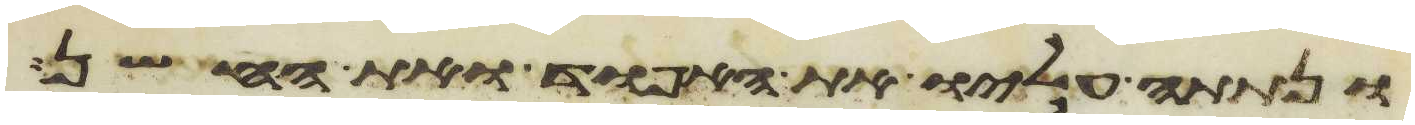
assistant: ונתתה עליו את האפוד ואת החשן